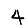
Digit: 4